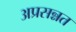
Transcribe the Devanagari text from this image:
अप्रसन्नत